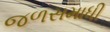
જળસમાધી